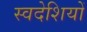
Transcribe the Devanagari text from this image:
स्वदेशियों